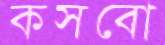
কসবো